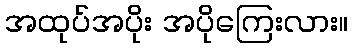
အထုပ်အပိုး အပိုကြေးလား။